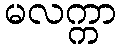
မလက္ကာ